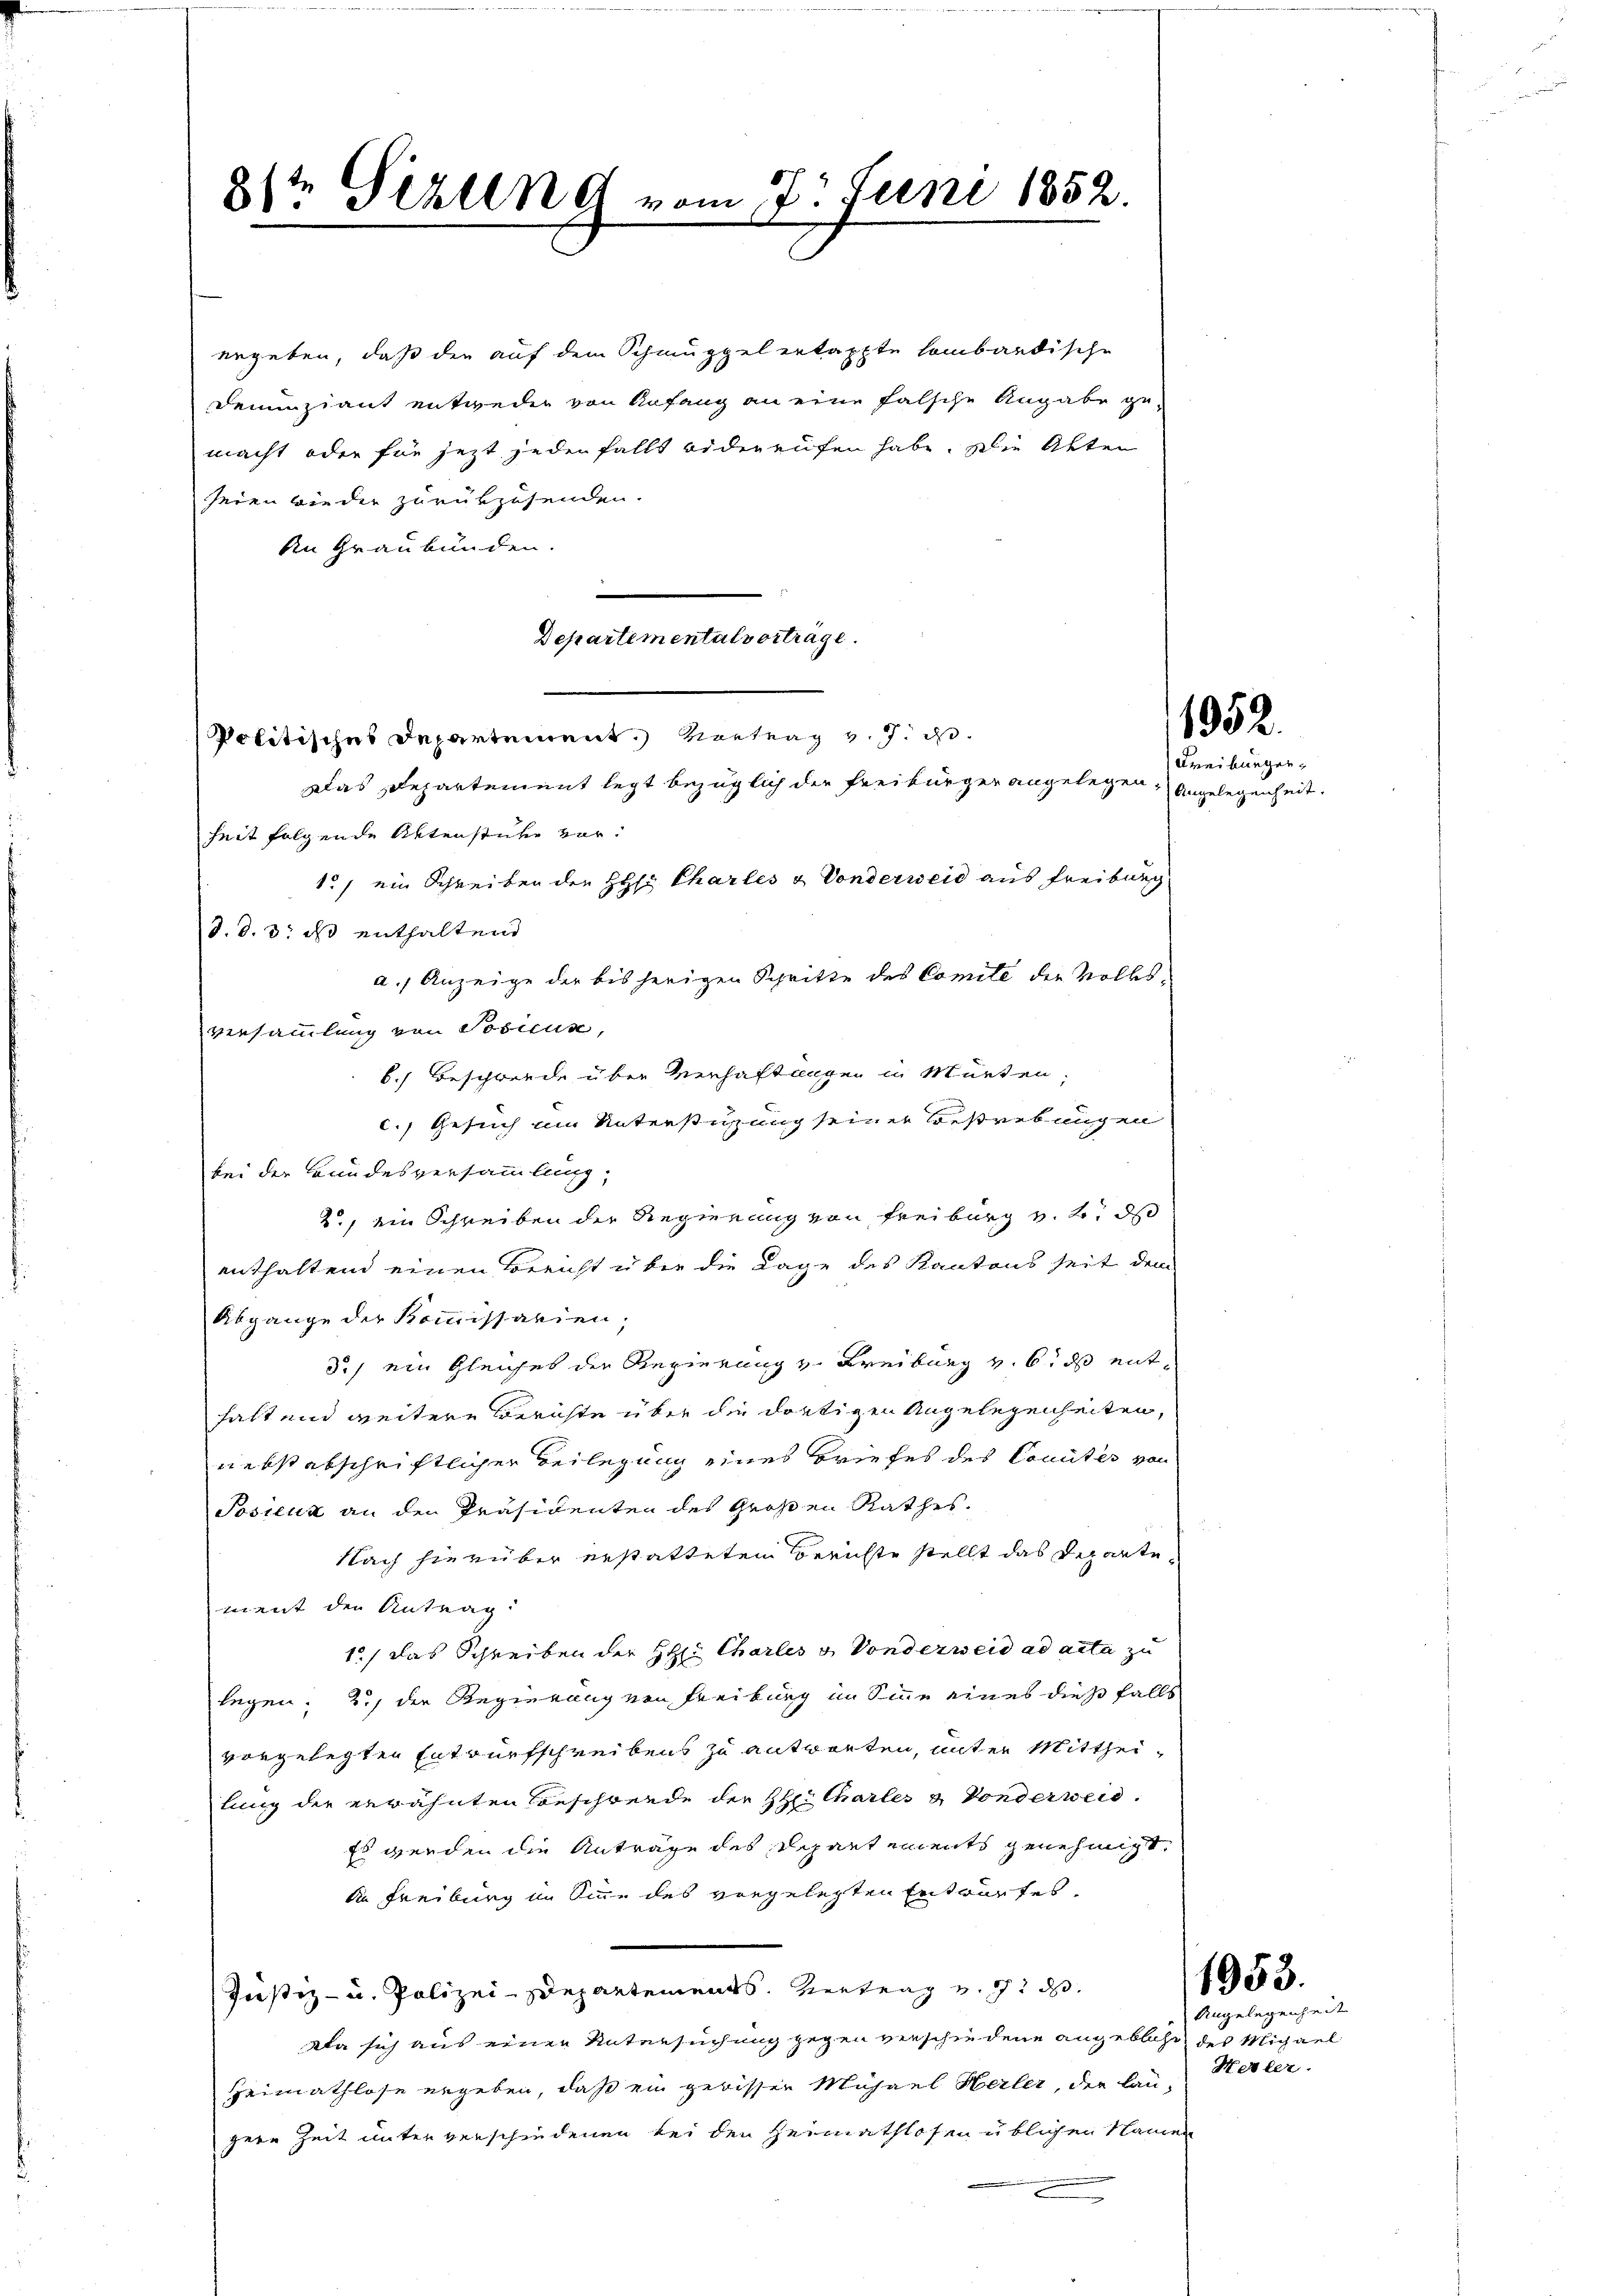
8t Sizung vom 7. Juni 1852.

ergeben, daß der auf dem Schmuppel ertappte lombardische
Denunziant entweder von Anfang an eine falsche Angabe ge-
macht oder für jezt jeden falls wideraufen habe. Die Akten
seien wieder zurückzusenden.
An Graubünden.
n
Departemental vorträge.
Politisches Departement. Vortrag v. J. ds.
Das Departement legt bezüglich die Freiburger angelegen,
heit folgende Aktenstube vor:
1) ein Schreiben der Hs. Chartes & Vonderweid aus Freiburg
d. d. 3. ds enthaltend
a. Anzeige der bisherigen Schritte des Comite der Volksversammlung von Posicus,
6.) Beschwerde über Verhaftungen in Murten,
c.) Gesuch um Unterstüzung seiner Bestrebungen
bei der Bundesversammlung,
2., ein Schreiben der Regierung von Freiburg v. 2. ds
enthaltend einen Bericht über die Lage des Kantons seit dem
Abgange der Kommissarien,
3.) ein Gleiches der Regierung v. Freiburg v. 6. ds enthaltend weitere Berichte über die dortigen Angelegenheiten,
nebst abschriftlicher Beilegung eines Briefes des Comités von
Posieur an den Präsidenten des Großen Rathes.
Nach hierüber erstatteten Berichte stellt das Departement den Antrag:
1) das Schreiben der H. Charles u Sonderweid ad acta zu
legen; 2.) der Regierung von Freiburg im Sinne eines dießfalls
vorgelegten Entwurfschreibens zu antworten, unter Mittheilung der erwähnten Beschrende der Zeithales & Vonderweis
Es werden die Antrage des Schartements genehmigt,
die Freiburg im Sinne des vorgelegten Entwurfes,
Justiz- u. Polizei-Departements. Vertrag v. J. d
da sich aus einer Untersuchung gegen verschiedene angeblicht des Michael
Heimathlose ergeben, daß ein gerisser Mühael Herler, der lau-Herter.
gere Zeit unterverschiedenen bei den Heimathlosen üblichen Namen

1952.
Freiburger

Angelegenheit.

1953.

Angelegenheit